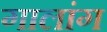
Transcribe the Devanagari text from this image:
गालांग